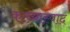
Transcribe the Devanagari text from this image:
काव्यास्वाद